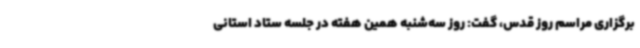
برگزاری مراسم روز قدس، گفت: روز سه‌شنبه همین هفته در جلسه ستاد استانی